Madras plague regulations in force outside the Presidency town - Volume 1
Disease focus: Plague
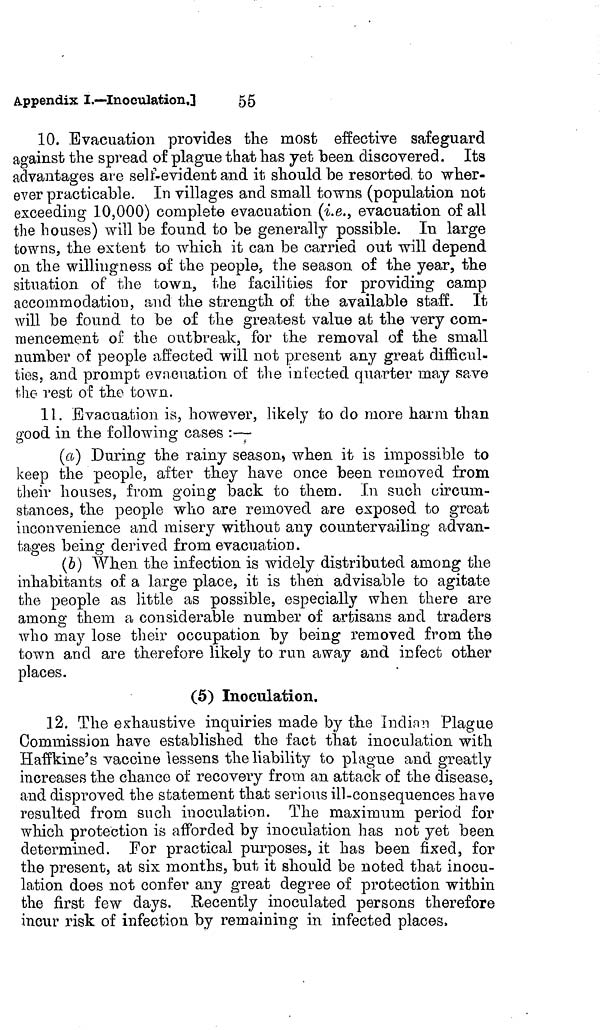
Appendix I.—Inoculation.]
55
10. Evacuation provides the most effective safeguard
against the spread of plague that has yet been, discovered. Its
advantages are self-evident and it should be resorted, to wher-
ever practicable. In villages and small towns (population not
exceeding 10,000) complete evacuation (i.e., evacuation of all
the houses) will be found to be generally possible. In large
towns, the extent to which it can be carried out will depend
on the willingness of the people, the season of the year, the
situation of the town, the facilities for providing camp
accommodation, and the strength of the available staff. It
will be found to be of the greatest value at the very com-
mencement of the outbreak, for the removal of the small
number of people affected will not present any great difficul-
ties, and prompt evacuation of the infected quarter may save
the rest of the town.
11. Evacuation, is, however, likely to do more harm than
good in the following wirier cases :—
O
y
(a.) During the rainy season, when it is impossible to
keep the people, after they have once been removed from
their houses, from going back to them. In such circum-
stances, the people who are removed are exposed to great
inconvenience and misery without any countervailing advan-
tages being derived from evacuation.
(b) When the infection is widely distributed among the
inhabitants of a large place, it is then advisable to agitate
the people as little as possible, especially when there are
among them a considerable number of artisans and traders
who may lose their occupation by being removed from the
town and are therefore likely to run away and infect other
places.
(5) Inoculation.
12. The exhaustive inquiries made by the Indian Plague
Commission have established the fact that inoculation with
Haffkine's vaccine lessens the liability to plague and greatly
increases the chance of recovery from an attack of the disease,
and disproved the statement that serious ill-con sequences have
resulted from such inoculation. The maximum period for
which protection is afforded by inoculation has not yet been
determined. For practical purposes, it has been fixed, for
the present, at six months, but it should be noted that inocu-
lation does not confer any great degree of protection within
the first few days. Recently inoculated persons therefore
incur risk of infection by remaining in infected places,